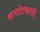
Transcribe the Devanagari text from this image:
कर्नाटकादी